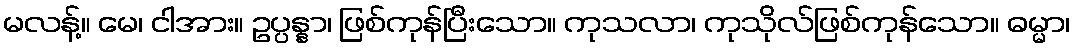
မလန့်။ မေ၊ ငါအား။ ဥပ္ပန္နာ၊ ဖြစ်ကုန်ပြီးသော။ ကုသလာ၊ ကုသိုလ်ဖြစ်ကုန်သော။ ဓမ္မာ၊